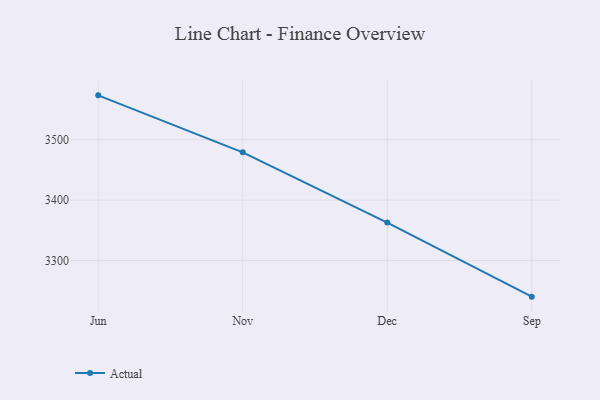
{"axis": {"x": "Month", "y": "Satisfaction Score"}, "legend": ["Actual"], "data": [{"x": "Jun", "y": 3573.4, "type": "Actual"}, {"x": "Nov", "y": 3479.1, "type": "Actual"}, {"x": "Dec", "y": 3362.8, "type": "Actual"}, {"x": "Sep", "y": 3240.3, "type": "Actual"}]}